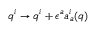
q ^ { i } \rightarrow q ^ { i } + \epsilon ^ { a } a _ { a } ^ { i } ( q )